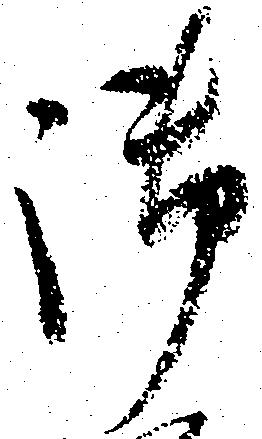
御